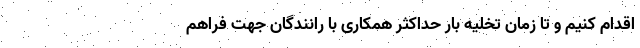
اقدام کنیم و تا زمان تخلیه بار حداکثر همکاری با رانندگان جهت فراهم